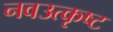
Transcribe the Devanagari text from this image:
नवउत्कृष्ट